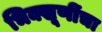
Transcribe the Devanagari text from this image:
भिक्खूणींचा